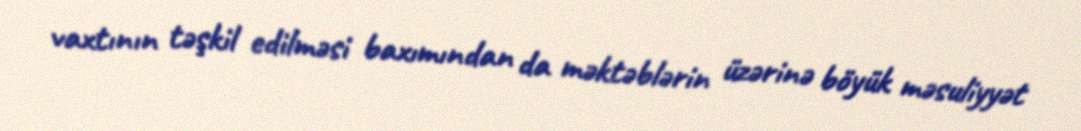
vaxtının təşkil edilməsi baxımından da məktəblərin üzərinə böyük məsuliyyət